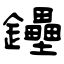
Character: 鑸